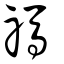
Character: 禡